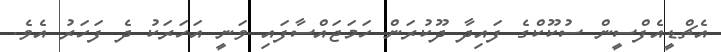
އެޗްޑީއެފްސީން ސުކޫކްގެ ފައިދާ ދޫކުރަން ހަމަޖައްސާފައި ވަނީ އަހަރަކު ދެ ފަހަރު އެވެ.